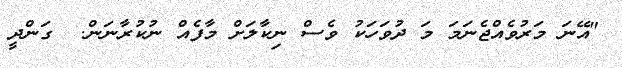
"އޭނަ މަރުވެއްޖެނަމަ މަ ދުވަހަކު ވެސް ނިކާލަށް މާފެއް ނުކުރާނަން.  ގަންދީ